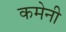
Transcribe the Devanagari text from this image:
कमेनी